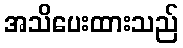
အသိပေးထားသည်